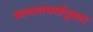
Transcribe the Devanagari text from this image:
स्वभावधर्मानुसार